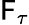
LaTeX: \mathsf{F}_{\tau}